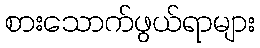
စားသောက်ဖွယ်ရာများ